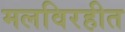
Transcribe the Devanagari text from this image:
मलविरहीत